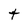
Character: t